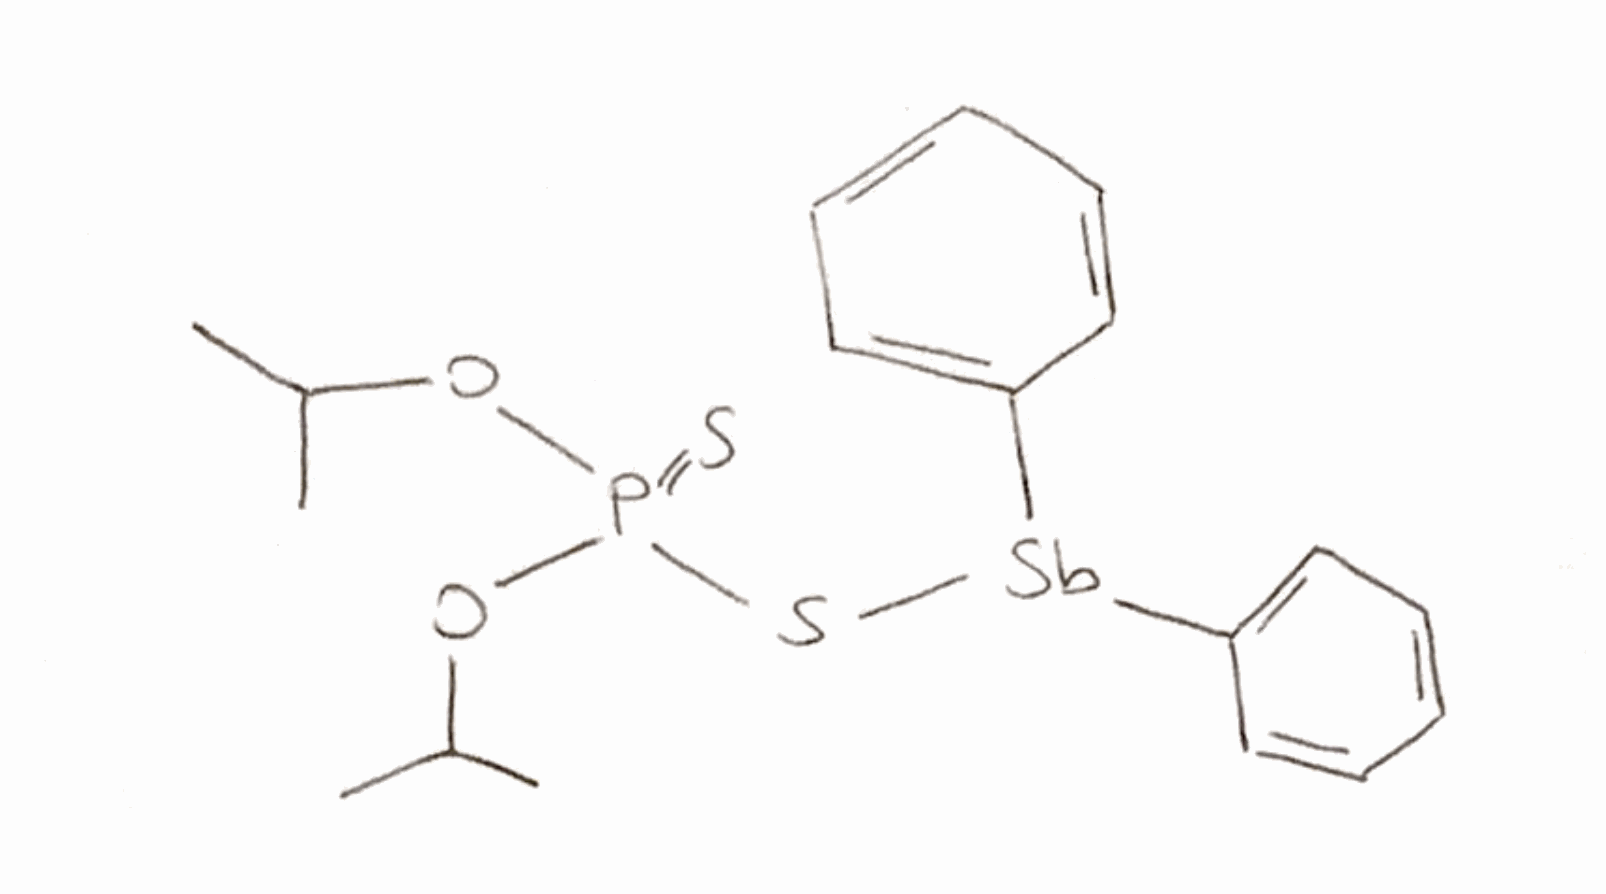
Simplified molecular-input line-entry system (SMILES) notation of the given molecule:
CC(C)OP(=S)(OC(C)C)S[Sb](C1=CC=CC=C1)C2=CC=CC=C2